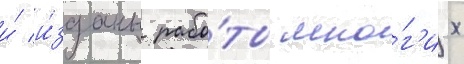
и́ и́зданы рабо́ты мно́г'их